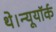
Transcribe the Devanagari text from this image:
थे।न्यूयॉर्क